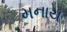
મનાય